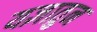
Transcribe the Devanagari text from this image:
यज्ञातुन